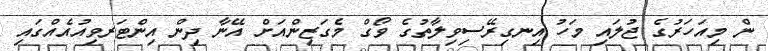
ން މިއަހަރުގެ ޖުލައި މަހު އިނގިރޭސިވިލާތުގެ ވޯގް މެގަޒިންއަށް އޭނާ ދިން އިންޓަރވިއުއެއްގައި